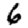
Digit: 6